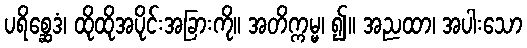
ပရိစ္ဆေဒံ၊ ထိုထိုအပိုင်းအခြားကို။ အတိက္ကမ္မ၊ ၍။ အညထာ၊ အပါးသော